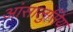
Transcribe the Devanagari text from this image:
आंसालुसिया